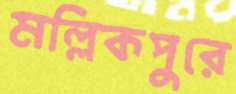
মল্লিকপুরে